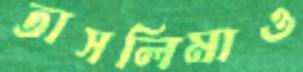
তাসলিমাও